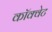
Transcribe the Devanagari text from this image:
कॉक्वेट